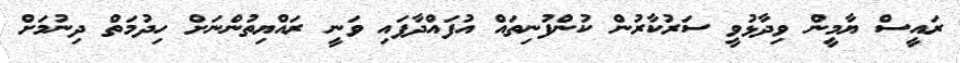
ރައީސް ޔާމީން ވިދާޅުވީ ސަރުކާރުން ކުންފުނިތައް އުފައްދާފައި ވަނީ ރައްޔިތުންނަށް ހިދުމަތް ދިނުމަށް